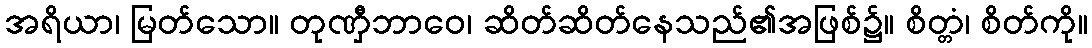
အရိယာ၊ မြတ်သော။ တုဏှီဘာဝေ၊ ဆိတ်ဆိတ်နေသည်၏အဖြစ်၌။ စိတ္တံ၊ စိတ်ကို။